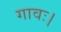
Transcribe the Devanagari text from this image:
गावः।